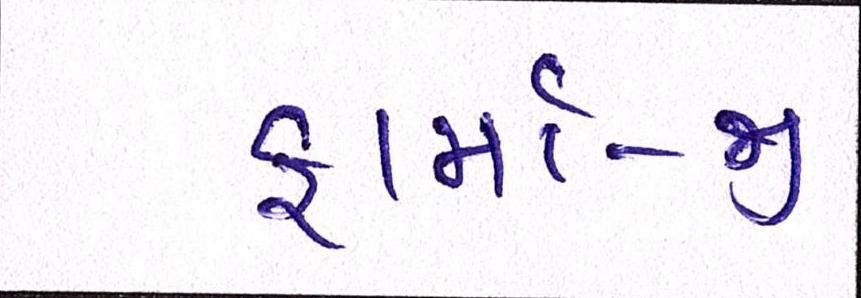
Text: ફાર્મા-જી